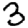
Digit: 3